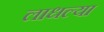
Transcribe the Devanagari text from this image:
लाधल्या